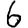
Digit: 6